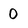
Character: 0